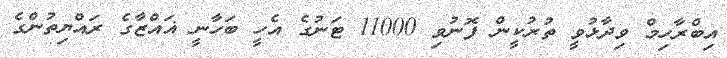
އިބްރާހިމް ވިދާޅުވީ ތުރުކީން ފޮނުވި 11000 ޓަނުގެ އެހީ ބަހާނީ ޣައްޒާގެ ރައްޔިތުންގެ